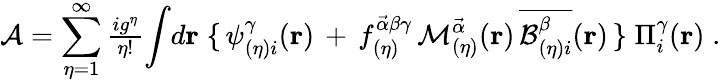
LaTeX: {\cal{A}}=\sum_{\eta=1}^{\infty}{\textstyle\frac{ig^{\eta}}{\eta!}}{\int}d{\mathbf r}\; \{ \, \psi_{(\eta)i}^{\gamma}({\mathbf{r}})\, +\, f_{(\eta)}^{\vec{\alpha}\beta\gamma}\, {\cal{M}}_{(\eta)}^{\vec{\alpha}}({\mathbf{r}})\, \overline{{{{\cal{B}}_{(\eta)i}^{\beta}}}}({\mathbf{r}})\, \} \; \Pi_{i}^{\gamma}({\mathbf{r}})\; .